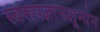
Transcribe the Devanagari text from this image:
स्वरूपज्ञानशून्येन